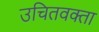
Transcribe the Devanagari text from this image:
उचितवक्ता